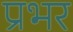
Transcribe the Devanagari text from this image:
प्रभर